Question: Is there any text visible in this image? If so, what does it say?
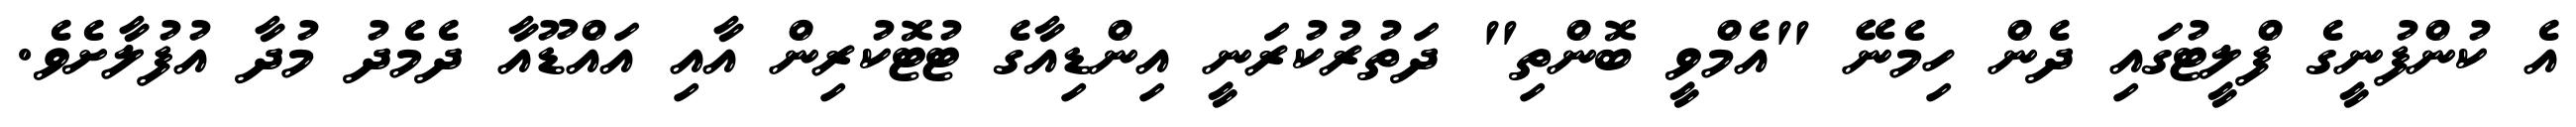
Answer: އެ ކުންފުނީގެ ފްލީޓުގައި ދެން ހިމެނޭ "އެމްވީ ބޮންތި" ދަތުރުކުރަނީ އިންޑިއާގެ ޓުޓޮކުރިން އާއި އައްޑޫއާ ދެމެދު މުދާ އުފުލާށެވެ.